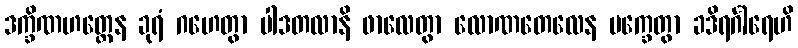
ဒက္ခိဏဟတ္ထေန ခုရံ ဂဟေတွာ ပါဒတလာနိ ဖာလေတွာ လောဏတေလေန မက္ခေတွာ ခဒိရင်္ဂါရေဟိ